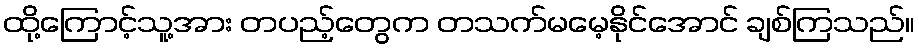
ထို့ကြောင့်သူ့အား တပည့်တွေက တသက်မမေ့နိုင်အောင် ချစ်ကြသည်။